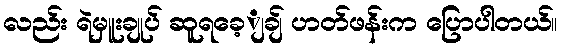
လည်း ရဲမှူးချုပ် ဆူရခေ့ျချ် ဟတ်ဖန်းက ပြောပါတယ်။